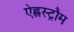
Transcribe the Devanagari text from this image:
ऐह्लस्ट्रौम